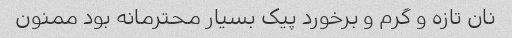
نان تازه و گرم و برخورد پیک بسیار محترمانه بود ممنون